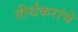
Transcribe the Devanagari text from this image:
तीर्थंकरांचे